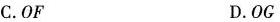
C.OF D.OG